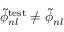
\widetilde { \phi } _ { n l } ^ { \mathrm { t e s t } } \neq \widetilde { \phi } _ { n l }